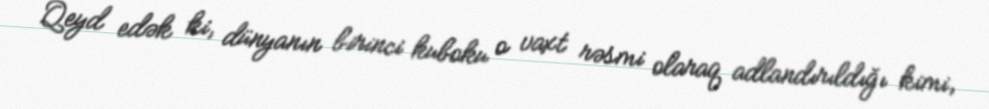
Qeyd edək ki, dünyanın birinci kuboku o vaxt rəsmi olaraq adlandırıldığı kimi,